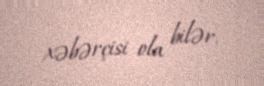
xəbərçisi ola bilər.